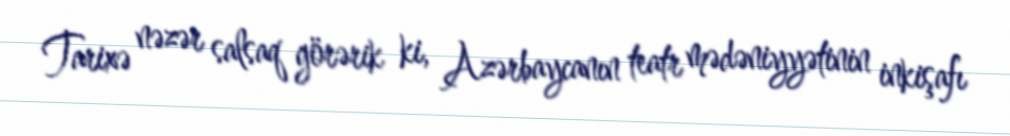
Tarixə nəzər salsaq görərik ki, Azərbaycanın teatr mədəniyyətinin inkişafı